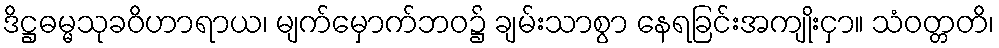
ဒိဋ္ဌဓမ္မသုခဝိဟာရာယ၊ မျက်မှောက်ဘဝ၌ ချမ်းသာစွာ နေရခြင်းအကျိုးငှာ။ သံဝတ္တတိ၊